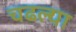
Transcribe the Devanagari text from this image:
चढल्या